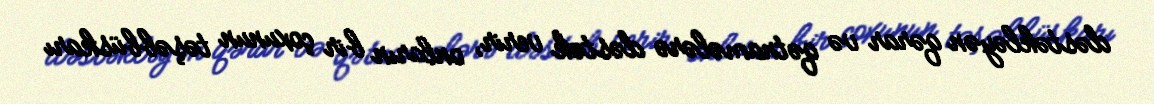
dəstəkləyən qərar və qətnamələrə dəstək verir, onların bir çoxunun təşəbbüskarı